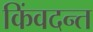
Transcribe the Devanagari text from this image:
किंवदन्त